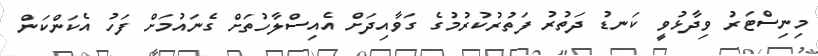
މިނިސްޓަރު ވިދާޅުވީ ކަނޑު ދަތުރު ފަތުރުކުރުމުގެ ގަވާއިދަށް އެއިސްލާހުތަށް ގެނައުމަށް ފަހު އެކަންކަން